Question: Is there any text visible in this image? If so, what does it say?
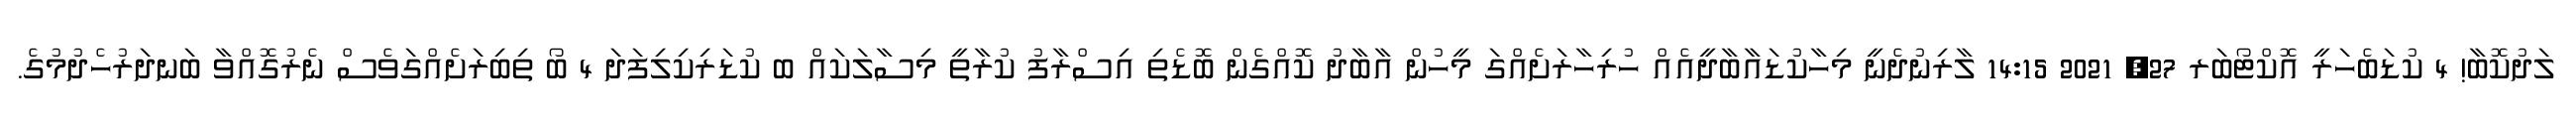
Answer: ލަދުކޮބާ! 4 ކުޑަބެހަރީ އޮކްޓޯބަރ 27, 2021 14:15 ލާރިނުދެނީ މިހާކުޑައާބާދީއެއް ހުރިހާރަށެއްގަ މީހުން އާބާދު ކޮއްގެން ބޮޑެތި އިސްރާފު ކުރާތީ މިސާލަކައް ބ ކުޑަރިކިލިފަދަ 4 ބޯ ތިބިރަށެއްގަވެސް ނެރުގޮއްވާ ބަނދަރުހެދުމުގެ.